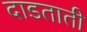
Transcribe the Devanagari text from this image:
दाडताती